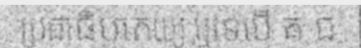
ប្រជាធិបតេយ្យ ឬទេបើ គ ជ